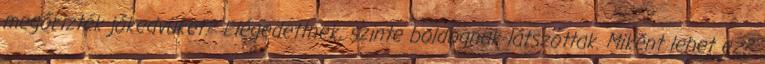
megőrizték jókedvüket? Elégedettnek, szinte boldognak látszottak. Miként lehet ez?